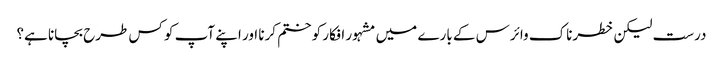
درست لیکن خطرناک وائرس کے بارے میں مشہور افکار کو ختم کرنا اور اپنے آپ کو کس طرح بچانا ہے؟